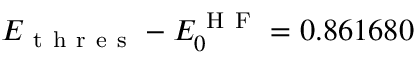
E _ { \mathrm { ~ t ~ h ~ r ~ e ~ s ~ } } - E _ { 0 } ^ { \mathrm { ~ H ~ F ~ } } = 0 . 8 6 1 6 8 0